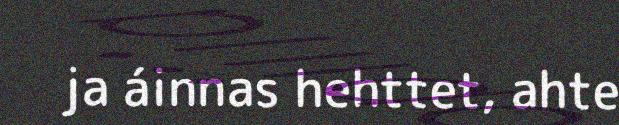
ja áinnas hehttet, ahte